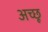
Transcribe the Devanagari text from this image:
अच्छू